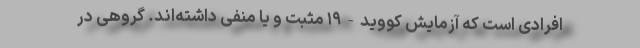
افرادی است که آزمایش کووید-۱۹ مثبت و یا منفی داشته‌اند. گروهی در